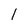
Character: 1